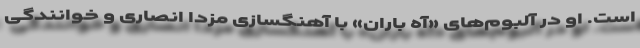
است. او در آلبوم‌های «آه باران» با آهنگسازی مزدا انصاری و خوانندگی